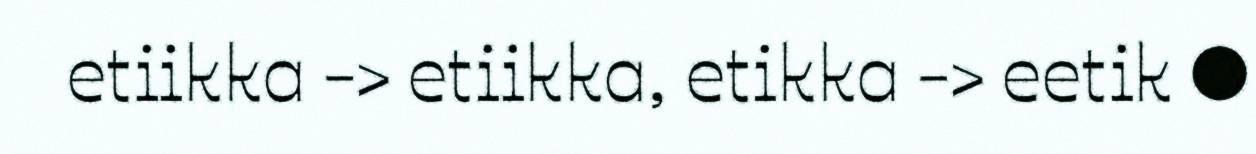
etiikka -> etiikka, etikka -> eetik ●